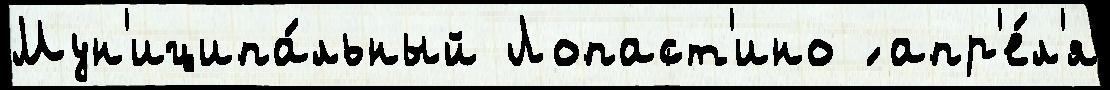
Мун'иципа́льный Лопаст'ино ́ апр'е́л'я